Lunatic asylums in Bengal annual reports 1899-1911 - 1899-1911
Year: 1899
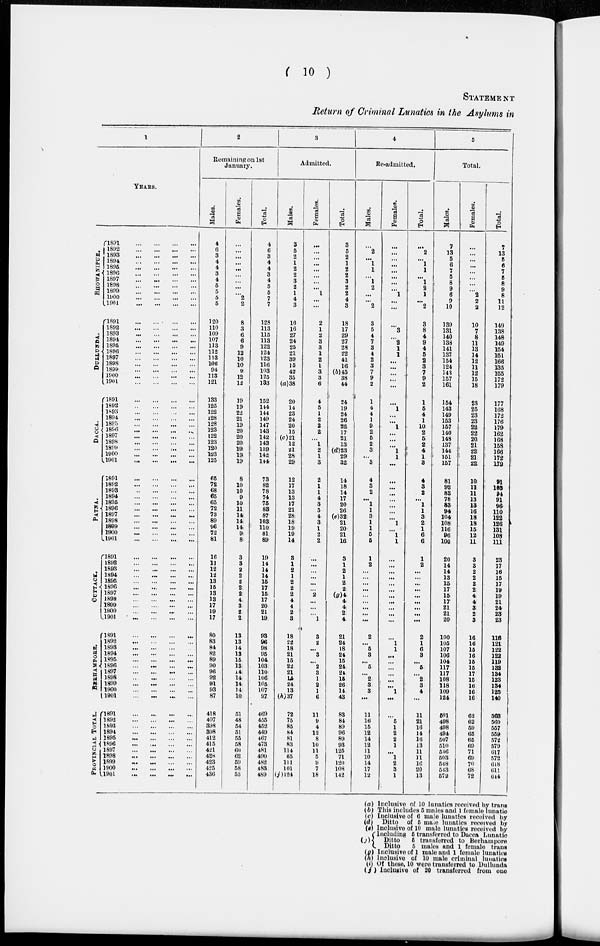
( 10 )
STATEMENT
Return of Criminal Lunatics in the Asylums in
1
YEARS.
BHOWANIPUR.
DULLUNDA.
DACCA.
PATNA.
CUTTACK.
BERHAMPORE.
PROVINCIAL TOTAL.
1891
...
...
...
...
1892
...
...
...
...
1893
...
...
...
...
1894
...
...
...
...
1895
...
...
...
...
1896
...
...
...
...
1897
...
...
...
...
1898
...
...
...
...
1899
...
...
...
...
1900
...
...
...
...
1901
...
...
...
...
1891
...
...
...
...
1892
...
...
...
...
1893
...
...
...
...
1894
...
...
...
...
1895
...
...
...
...
1896
...
...
...
...
1897
...
...
...
...
1898
...
...
...
...
1899
...
...
...
...
1900
...
...
...
...
190l
...
...
...
...
1891
...
...
...
...
1892
...
...
...
...
1893
...
...
...
...
1894
...
...
...
...
1895 ... ... ... ...
1896
...
...
...
...
1897
...
...
...
...
1898
...
...
...
...
1899 ... ... ... ...
1900
...
...
...
...
1901
...
...
...
...
1891
...
...
...
...
1892
...
...
...
...
1893
...
...
...
...
1894
...
...
...
...
1895
...
...
...
...
1896
...
...
...
...
1897
...
...
...
...
1898
...
...
...
...
1899
...
...
...
...
1900
...
...
...
...
1901
...
...
...
...
1891
...
...
...
...
1892
...
...
...
...
1893
...
...
...
...
1894
...
...
...
...
1895
...
...
...
...
1896
...
...
...
...
1897
...
...
...
...
1898
...
...
...
...
1899
...
...
...
...
1900
...
...
...
...
1901
...
...
...
...
1891
...
...
...
...
1892
...
...
...
...
1893 ... ... ... ...
1894
...
...
...
...
1895
...
...
...
...
1896
...
...
...
...
1897
...
...
...
...
1898
...
...
...
...
1899
...
...
...
...
1900 ... ... ... ...
1901
...
...
...
...
1891
...
...
...
...
1892
...
...
...
...
1893
...
...
...
...
1894
...
...
...
...
1895
...
...
...
...
1896 ... ... ... ...
1897
...
...
...
...
1898 ... ... ... ...
1899
...
...
...
...
1900 ... ... ... ...
1901
...
...
...
...
2
Remaining on lst
January.
Males.
4
6
3
4
4
3
4
5
5
5
5
120
110
109
107
113
112
113
106 94
113
121
133
125
122
128
128
123
122
123
120
123
125
65
72
68
65
65
72
73
89
96
72
81
16
11
12
12
13
15
13
13
17
19
17
80
83
84
82
89
90
96
92
91
93
87
418
407
398
398
412
415
421
428
423
425
436
Females.
...
...
...
...
...
...
...
...
...
...
2
8
3
6
6
9
12
10
10
9
12
12
19
19
22
21
19
20
20
20
19
19
19
8
10
10
9
10
11
14
14
14
9
8
3
3
2
2
2
2
2
4
3
2
2
13
13
14
13
15
13
14
14
14
14
10
51
48
54
51
55
58
60
62
59
58
53
Total.
4
6
3
4
4
3
4
5
5
7
7
128
113
115
113
122
124
123
116
103
125
133
152
114
144
149
147
143
142
143
139
142
144
73
82
78
74
75
83
87
103
110
81
89
19
14
14
14
15
17
15
17
20
21
19
93
96
98
95
104
103
110
106
105
107
97
469
455
452
449
467
473
481
490
482
483
489
3
Admitted.
Males.
3
5
2
1
2
2
3
2
1
4
3
16
16
27
24
25
21
39
15
42
35
(a) 38
20
14
23
24
20
15
(c)21
12
21
28
29
12
17
13
13
17
21
28
18
19
19
14
3
1
2
1
2
2
2
4
4
2
3
18
22
18
21
15
22
21
14
24
13
(h) 37
72
75
85
84
81
83
114
65
111
101
(j) 124
Females.
...
...
...
...
...
...
...
... 1
...
...
2
1
2
3
3
1
2
1
3
3
6
4
5
1
2
2
2
...
1
2
1
3
2
1
1
4
3
5
4
3
1
2
2
...
...
...
...
...
2
...
...
...
...
3
2
...
3
...
2
3
1
2
1
6
11
9
4
12
8
10
11
5
9
7
18
Total.
3
5
2
1
2
2
3
2
2
4
3
18
17
29
27
28
22
41
16
(b)45
38
44
24
19
24
26
22
17
21
13
(d)23
29
32
14
18
14
17
20
26
(e)32
21
20
21
16
3
1
2
1
2
2
(g)4
4
4
2
4
21
24
18
24
15
24
24
16
26
14
43
83
84
89
96
89
93
125
71
120
108
142
4
Re-admitted.
Males.
...
2
... 1
1
...
1
2
...
...
2
3
5
4
7
3
4
2
3
7
9
2
1
4
4
1
9
2
5
2
3
... 3
4
3
2
... 1
1
3
1
1
5
5
1
2
...
...
...
...
...
...
...
...
...
2
... 5
3
...
5
... 2
3
3
...
11
16
15
12
14
12
11
10
14
17
12
(a)
(b)
(c)
(d)
(e)
(f)
(g)
(h) (i)
(j)
Females.
...
...
...
...
...
...
...
...
1
...
...
...
...
...
2
1
1
...
...
...
...
...
...
...
...
...
1
...
...
...
1
1
...
...
...
...
...
...
...
...
1
...
1
1
...
...
...
...
...
...
...
...
...
...
...
1
1
...
...
...
...
...
...
1
...
...
5
1
2
2
1
...
1
2
3
1
Total.
...
2
... 1
1
...
1
2
1
...
2
3
8
4
9
4
5
2
3
7
9
2
1
5
4
1
10
2
5
2
4
1
8
4
3
2
... 1
1
3
2
1
6
6
1
2
...
...
...
...
...
...
...
...
...
2
1
6
3
...
5
...
2
3
4
...
11
21
16
14
16
13
11
11
16
20
13
5
Total.
Males.
7
13
5
6
7
5
8
9
6
9
10
139
131
140
138
141
137
154
124
143
157
161
154
143
149
153
157
140
148
137
144
151
157
81
92
83
78
83
94
104
108
116
96
100
20
14
14
13
15
17
15
17
21
21
20
100
105
107
106
104
117
117
108
118
109
124
601
498
498
494
507
510
546
503
548
543
572
Females.
...
...
...
...
...
...
...
...
2
2
2
10
7
8
11
13
14
12
11
12
15
18
23
25
23
23
22
22
20
21
22
21
22
10
11
11
13
13
16
18
18
15
12
11
3
3
2
2
2
2
4
4
3
2
3
16
16
15
16
16
15
17
15
16
16
16
62
62
59
65
66
69
71
69
70
68
72
Total.
7
13
5
6
7
5
8
9
8
11
12
149
138
148
149
154
151
166
135
155
172
179
177
168
172
176
179
162
168
158
166
172
179
91
169
94
91
96
110
122
126
131
108
111
23
17
16
15
17
19
19
21
24
23
23
116
121
122
122
119
132
134
123
134
125
140
568
560
557
559
572
579
617
572
618
611
614
Inclusive of 10 lunatics received by trans
This includes 5 males and 1 female lunatic
Inclusive of 6 male lunatics received by
Ditto
of 5 male lunatics received by
Inclusive of 10 male lunatics received by
Including 5 transferred to Dacca Lunatic
Ditto
5
transferred to Berhampore
Ditto
5 males and 1 female trans
Inclusive of 1 male and 1 female lunatics
lnolusive of 10 male criminal lunatics
Of these, 10 were transferred to Dullunda
Inclusive of 20 transferred from one